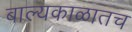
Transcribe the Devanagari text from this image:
बाल्यकाळातच